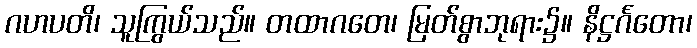
ဂဟပတိ၊ သူကြွယ်သည်။ တထာဂတေ၊ မြတ်စွာဘုရား၌။ နိဋ္ဌင်္ဂတော၊